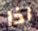
اذا